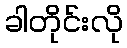
ခါတိုင်းလို